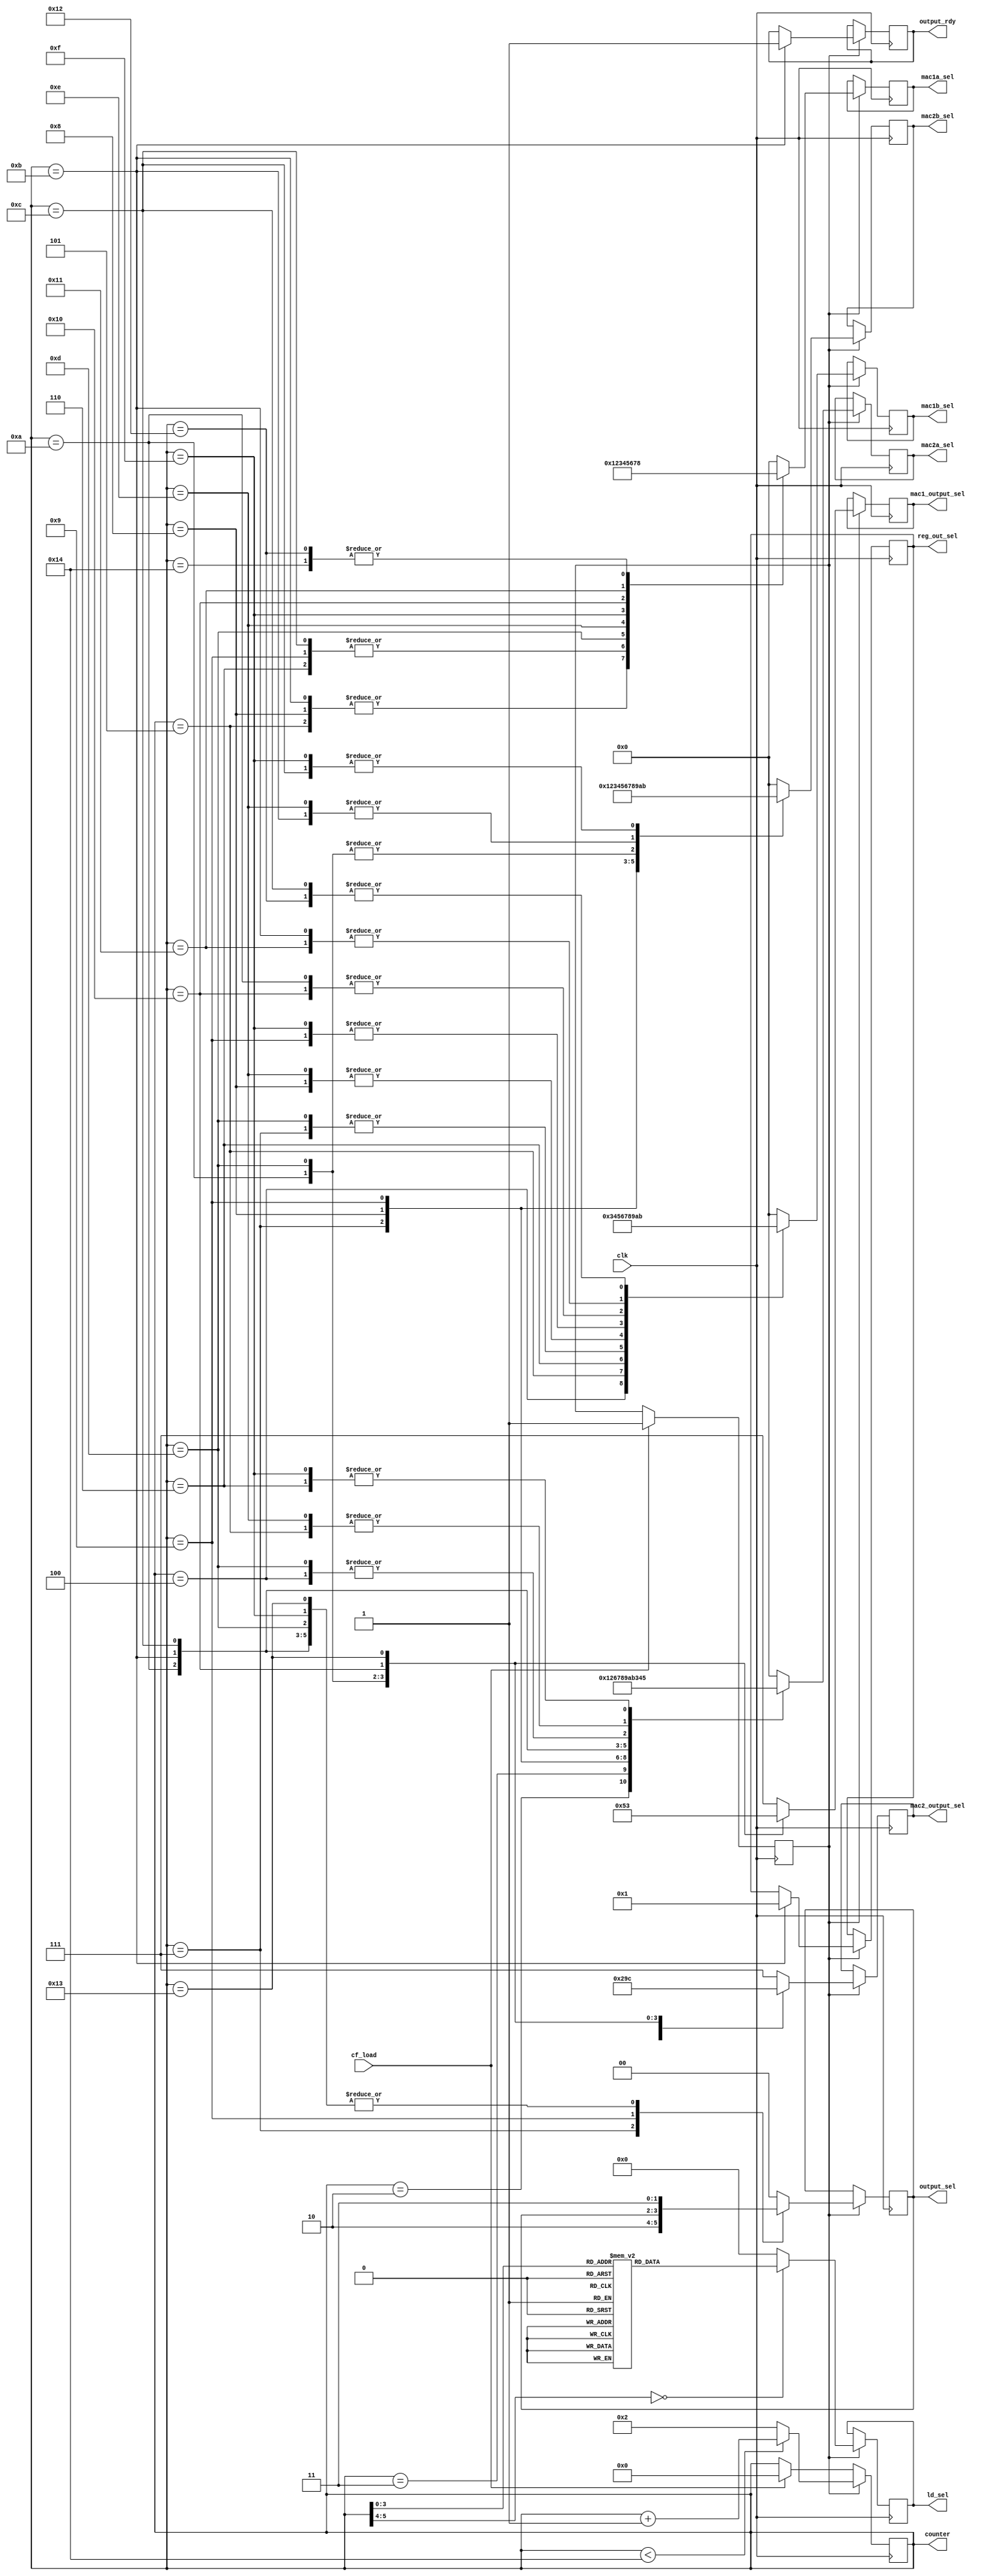
module controller(clk, cf_load, ld_sel, mac1a_sel, mac1b_sel, mac2a_sel, mac2b_sel, output_rdy, output_sel, mac1_output_sel, mac2_output_sel, counter, reg_out_sel);
input clk, cf_load;
output [11:0] ld_sel;
output [3:0] mac1a_sel, mac1b_sel, mac2a_sel, mac2b_sel;
output output_rdy;
output [1:0] output_sel;
output [2:0] mac1_output_sel, mac2_output_sel;
output [5:0] counter;
output [3:0] reg_out_sel;

reg reading;
reg [5:0] counter;
reg [11:0] ld_sel;
reg [1:0] output_sel;
reg [3:0] mac1a_sel, mac1b_sel, mac2a_sel, mac2b_sel;
reg [2:0] mac1_output_sel, mac2_output_sel;
reg output_rdy;
reg [3:0] reg_out_sel;
reg [5:0] output_counter;


always @(posedge clk)
begin

	// When cf_load is high, prepare to start reading coefficients.
	if(cf_load == 1'b1)
	begin
		reading <= 1'b1;
		counter <= 5'b00000;
		output_counter <= 5'b00000;
	end

	if(reading == 1'b1)
	begin
		// Only read coefficients after the first clock cycle has passed.
		case (counter)
			0:ld_sel [11:0] = 12'b000000000001;
			1:ld_sel [11:0] = 12'b000000000010;
			2:ld_sel [11:0] = 12'b000000000100;
			3:ld_sel [11:0] = 12'b000000001000;
			4:ld_sel [11:0] = 12'b000000010000;
			5:ld_sel [11:0] = 12'b000000100000;
			6:ld_sel [11:0] = 12'b000001000000;
			7:ld_sel [11:0] = 12'b000010000000;
			8:ld_sel [11:0] = 12'b000100000000;
			9:ld_sel [11:0] = 12'b001000000000;
			10:ld_sel [11:0] = 12'b010000000000;
			11:ld_sel [11:0] = 12'b100000000000;
			default:ld_sel [11:0] = 12'b000000000000;
		endcase

		// Case block for selecting inputs for MACs
		case (counter)

			// MAC1: Idle
			// MAC2: a11*a11
			// MAC1 Output: None
			// MAC2 Output: None
			1:	begin
					mac1a_sel [3:0] <= 4'b0000;
					mac1b_sel [3:0] <= 4'b0000;
					mac2a_sel [3:0] <= 4'b0000;
					mac2b_sel [3:0] <= 4'b0000;
					output_sel [1:0] <= 2'b00;

					mac1_output_sel [2:0] <= 3'b111;
					mac2_output_sel [2:0] <= 3'b111;
				end

			// MAC1: Idle
			// MAC2: a21*a21
			// MAC1 Output: None
			// MAC2 Output: None
			2:	begin
					mac1a_sel [3:0] <= 4'b0000;
					mac1b_sel [3:0] <= 4'b0000;
					mac2a_sel [3:0] <= 4'b0001;
					mac2b_sel [3:0] <= 4'b0001;
					output_sel [1:0] <= 2'b00;

					mac1_output_sel [2:0] <= 3'b111;
					mac2_output_sel [2:0] <= 3'b111;
				end

			// MAC1: Idle
			// MAC2: a31*a31
			// MAC1 Output: None
			// MAC2 Output: None
			3:	begin
					mac1a_sel [3:0] <= 4'b0000;
					mac1b_sel [3:0] <= 4'b0000;
					mac2a_sel [3:0] <= 4'b0010;
					mac2b_sel [3:0] <= 4'b0010;
					output_sel [1:0] <= 2'b00;

					mac1_output_sel [2:0] <= 3'b111;
					mac2_output_sel [2:0] <= 3'b111;
				end

			// MAC1: a11*a12
			// MAC2: a12*a12
			// MAC1 Output: None
			// MAC2 Output: None
			4:	begin
					mac1a_sel [3:0] <= 4'b0000;
					mac1b_sel [3:0] <= 4'b0011;
					mac2a_sel [3:0] <= 4'b0011;
					mac2b_sel [3:0] <= 4'b0011;
					output_sel [1:0] <= 2'b00;

					mac1_output_sel [2:0] <= 3'b111;
					mac2_output_sel [2:0] <= 3'b111;


				end

			// MAC1: a21*a22
			// MAC2: a22*a22
			// MAC1 Output: None
			// MAC2 Output: None
			5:	begin
					mac1a_sel [3:0] <= 4'b0001;
					mac1b_sel [3:0] <= 4'b0100;
					mac2a_sel [3:0] <= 4'b0100;
					mac2b_sel [3:0] <= 4'b0100;
					output_sel [1:0] <= 2'b00;

					mac1_output_sel [2:0] <= 3'b111;
					mac2_output_sel [2:0] <= 3'b111;

				end

			// MAC1: a31*a32
			// MAC2: a32*a32
			// MAC1 Output: None
			// MAC2 Output: None
			6:	begin
					mac1a_sel [3:0] <= 4'b0010;
					mac1b_sel [3:0] <= 4'b0101;
					mac2a_sel [3:0] <= 4'b0101;
					mac2b_sel [3:0] <= 4'b0101;
					output_sel [1:0] <= 2'b11;

					mac1_output_sel [2:0] <= 3'b111;
					mac2_output_sel [2:0] <= 3'b111;

				end

			// MAC1: a11*a13
			// MAC2: a13*a13
			// MAC1 Output: None
			// MAC2 Output: b11
			7:	begin
					mac1a_sel [3:0] <= 4'b0000;
					mac1b_sel [3:0] <= 4'b0110;
					mac2a_sel [3:0] <= 4'b0110;
					mac2b_sel [3:0] <= 4'b0110;
					output_sel [1:0] <= 2'b10;

					mac1_output_sel [2:0] <= 3'b111;
					mac2_output_sel [2:0] <= 3'b000;

				end

			// MAC1: a21*a23
			// MAC2: a23*a23
			// MAC1 Output: None
			// MAC2 Output: None
			8:	begin
					mac1a_sel [3:0] <= 4'b0001;
					mac1b_sel [3:0] <= 4'b0111;
					mac2a_sel [3:0] <= 4'b0111;
					mac2b_sel [3:0] <= 4'b0111;
					output_sel [1:0] <= 2'b11;

					mac1_output_sel [2:0] <= 3'b111;
					mac2_output_sel [2:0] <= 3'b111;
				end

			// MAC1: a31*a33
			// MAC2: a33*a33
			// MAC1 Output:
			// MAC2 Output:
			9:	begin
					mac1a_sel [3:0] <= 4'b0010;
					mac1b_sel [3:0] <= 4'b1000;
					mac2a_sel [3:0] <= 4'b1000;
					mac2b_sel [3:0] <= 4'b1000;

					mac1_output_sel [2:0] <= 3'b111;
					mac2_output_sel [2:0] <= 3'b111;
				end

			// MAC1: a11*a14
			// MAC2: a14*a14
			// MAC1 Output: b12
			// MAC2 Output: b22
			10:	begin
					mac1a_sel [3:0] <= 4'b0000;
					mac1b_sel [3:0] <= 4'b1001;
					mac2a_sel [3:0] <= 4'b1001;
					mac2b_sel [3:0] <= 4'b1001;
					output_sel [1:0] <= 2'b11;

					mac1_output_sel [2:0] <= 3'b000;
					mac2_output_sel [2:0] <= 3'b001;
				end

			// MAC1: a12*a24
			// MAC2: a24*a24
			// MAC1 Output: None
			// MAC2 Output: None
			11:	begin
					mac1a_sel [3:0] <= 4'b0001;
					mac1b_sel [3:0] <= 4'b1010;
					mac2a_sel [3:0] <= 4'b1010;
					mac2b_sel [3:0] <= 4'b1010;
					output_sel [1:0] <= 2'b11;

					mac1_output_sel [2:0] <= 3'b111;
					mac2_output_sel [2:0] <= 3'b111;

					output_rdy <= 1'b1;
					reg_out_sel [3:0] <= 4'b0001;
				end

			// MAC1: a13*a34
			// MAC2: a34*a34
			12:	begin
					mac1a_sel [3:0] <= 4'b0010;
					mac1b_sel [3:0] <= 4'b1011;
					mac2a_sel [3:0] <= 4'b1011;
					mac2b_sel [3:0] <= 4'b1011;
					output_sel [1:0] <= 2'b11;

					mac1_output_sel [2:0] <= 3'b111;
					mac2_output_sel [2:0] <= 3'b111;
				end

			// MAC1: a12*a13
			// MAC2: a12*a14
			// MAC1 Output: b13
			// MAC2 Output: b33
			13:	begin
					mac1a_sel [3:0] <= 4'b0011;
					mac1b_sel [3:0] <= 4'b0110;
					mac2a_sel [3:0] <= 4'b0011;
					mac2b_sel [3:0] <= 4'b1001;
					output_sel [1:0] <= 2'b11;

					mac1_output_sel [2:0] <= 3'b001;
					mac2_output_sel [2:0] <= 3'b010;
				end

			// MAC1: a22*a23
			// MAC2: a22*a24
			// MAC1 Output: None
			// MAC2 Output: None
			14:	begin
					mac1a_sel [3:0] <= 4'b0100;
					mac1b_sel [3:0] <= 4'b0111;
					mac2a_sel [3:0] <= 4'b0100;
					mac2b_sel [3:0] <= 4'b1010;
					output_sel [1:0] <= 2'b00;

					mac1_output_sel [2:0] <= 3'b111;
					mac2_output_sel [2:0] <= 3'b111;
				end

			// MAC1: a32*a33
			// MAC2: a32*a34
			15:	begin
					mac1a_sel [3:0] <= 4'b0101;
					mac1b_sel [3:0] <= 4'b1000;
					mac2a_sel [3:0] <= 4'b0101;
					mac2b_sel [3:0] <= 4'b1011;
					output_sel [1:0] <= 2'b11;

					mac1_output_sel [2:0] <= 3'b111;
					mac2_output_sel [2:0] <= 3'b111;
				end

			// MAC1: a13*a14
			// MAC2: Idle
			// MAC1 Output: b14
			// MAC2 Output: b44
			16:	begin
					mac1a_sel [3:0] <= 4'b0110;
					mac1b_sel [3:0] <= 4'b1001;
					mac2a_sel [3:0] <= 4'b0000;
					mac2b_sel [3:0] <= 4'b0000;
					output_sel [1:0] <= 2'b11;

					mac1_output_sel [2:0] <= 3'b010;
					mac2_output_sel [2:0] <= 3'b011;
				end

			// MAC1: a23*a24
			// MAC2: Idle
			// MAC1 Output: None
			// MAC2 Output: None
			17:	begin
					mac1a_sel [3:0] <= 4'b0111;
					mac1b_sel [3:0] <= 4'b1010;
					mac2a_sel [3:0] <= 4'b0000;
					mac2b_sel [3:0] <= 4'b0000;
					output_sel [1:0] <= 2'b00;

					mac1_output_sel [2:0] <= 3'b111;
					mac2_output_sel [2:0] <= 3'b111;
				end

			// MAC1: a33*a34
			// MAC2: Idle
			18:	begin
					mac1a_sel [3:0] <= 4'b1000;
					mac1b_sel [3:0] <= 4'b1011;
					mac2a_sel [3:0] <= 4'b0000;
					mac2b_sel [3:0] <= 4'b0000;
					output_sel [1:0] <= 2'b00;

					mac1_output_sel [2:0] <= 3'b111;
					mac2_output_sel [2:0] <= 3'b111;


				end

			// MAC1: Idle
			// MAC2: Idle
			// MAC1 Output: b23
			// MAC2 Output: b24
			19:	begin
					mac1a_sel [3:0] <= 4'b0000;
					mac1b_sel [3:0] <= 4'b0000;
					mac2a_sel [3:0] <= 4'b0000;
					mac2b_sel [3:0] <= 4'b0000;
					output_sel [1:0] <= 2'b11;

					mac1_output_sel [2:0] <= 3'b011;
					mac2_output_sel [2:0] <= 3'b100;

				end

			// MAC1: Idle
			// MAC2: Idle
			// MAC1 Output: None
			// MAC2 Output: None
			20:	begin
					mac1a_sel [3:0] <= 4'b1000;
					mac1b_sel [3:0] <= 4'b0000;
					mac2a_sel [3:0] <= 4'b0000;
					mac2b_sel [3:0] <= 4'b0000;
					output_sel [1:0] <= 2'b00;

					mac1_output_sel [2:0] <= 3'b111;
					mac2_output_sel [2:0] <= 3'b111;

					//reading <= 1'b0;

				end

			// MAC1: Idle
			// MAC2: Idle
			default:
				begin
					mac1a_sel [3:0] <= 4'b0000;
					mac1b_sel [3:0] <= 4'b0000;
					mac2a_sel [3:0] <= 4'b0000;
					mac2b_sel [3:0] <= 4'b0000;
					output_sel [1:0] <= 2'b00;

					mac1_output_sel [2:0] <= 3'b111;
					mac2_output_sel [2:0] <= 3'b111;
				end
		endcase


		// If there are still values to read, increment counter.
		if(reading == 1'b1)
		begin
			if(counter < 20)
				counter <= counter + 5'b00001;
			else
				counter <= 5'b00010;
		end

	end

end

endmodule